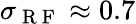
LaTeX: \sigma_{\mathrm{~R~F~}}\approx 0.7